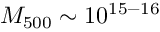
M _ { 5 0 0 } \sim 1 0 ^ { 1 5 - 1 6 }